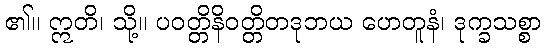
၏။ ဣတိ၊ သို့။ ပဝတ္တိနိဝတ္တိတဒုဘယ ဟေတူနံ၊ ဒုက္ခသစ္စာ